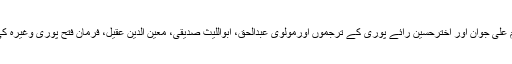
جین صاحب نے بطورمثال داستان امیرحمزہ اور بوستان خیال، کاظم علی جوان اور اخترحسین رائے پوری کے ترجموں اورمولوی عبدالحق، ابواللیث صدیقی، معین الدین عقیل، فرمان فتح پوری وغیرہ کی تحریروں کے باقاعدہ حوالے دیے ہیں اور اقتباسات پیش کیے ہیں۔